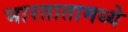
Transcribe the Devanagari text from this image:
भारतातामध्ये